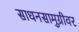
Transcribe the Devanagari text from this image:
साधनसामुग्रीवर